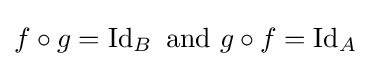
f\circ g=\operatorname {Id} _{B}{\text{ and }}g\circ f=\operatorname {Id} _{A}